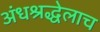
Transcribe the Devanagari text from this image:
अंधश्रद्धेलाच